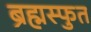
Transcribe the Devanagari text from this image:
ब्रह्मस्फुत